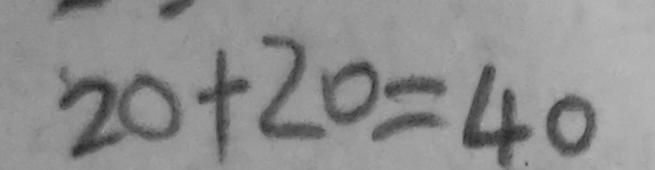
2 0 + 2 0 = 4 0